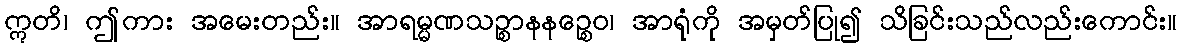
ဣတိ၊ ဤကား အမေးတည်း။ အာရမ္မဏသဉ္စာနနဉ္စေဝ၊ အာရုံကို အမှတ်ပြု၍ သိခြင်းသည်လည်းကောင်း။